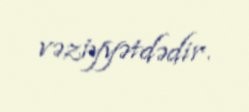
vəziyyətdədir.